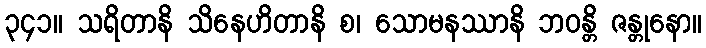
၃၄၁။ သရိတာနိ သိနေဟိတာနိ စ၊ သောမနဿာနိ ဘဝန္တိ ဇန္တုနော။